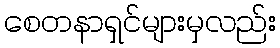
စေတနာရှင်များမှလည်း